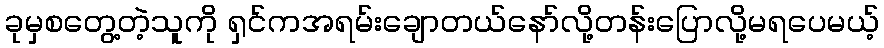
ခုမှစတွေ့တဲ့သူကို ရှင်ကအရမ်းချောတယ်နော်လို့တန်းပြောလို့မရပေမယ့်